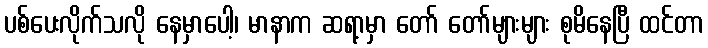
ပစ်ပေးလိုက်သလို နေမှာပေါ့၊ မာနာက ဆရာ့မှာ တော် တော်များများ စုမိနေပြီ ထင်တာ